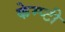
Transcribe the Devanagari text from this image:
केम्प्टी